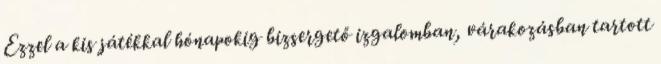
Ezzel a kis játékkal hónapokig bizsergető izgalomban, várakozásban tartott